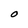
Character: O